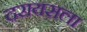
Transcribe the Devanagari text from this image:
दरायसला